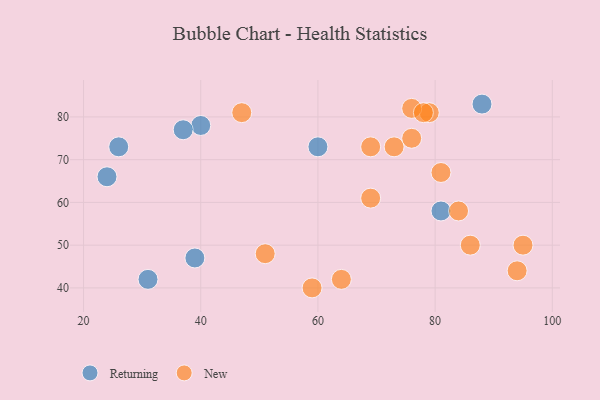
{"axis": {"x": "GDP", "y": "Life Expectancy"}, "legend": ["New", "Returning"], "data": [{"x": "39", "y": 47, "type": "Returning"}, {"x": "26", "y": 73, "type": "Returning"}, {"x": "40", "y": 78, "type": "Returning"}, {"x": "60", "y": 73, "type": "Returning"}, {"x": "31", "y": 42, "type": "Returning"}, {"x": "37", "y": 77, "type": "Returning"}, {"x": "88", "y": 83, "type": "Returning"}, {"x": "81", "y": 58, "type": "Returning"}, {"x": "24", "y": 66, "type": "Returning"}, {"x": "86", "y": 50, "type": "New"}, {"x": "64", "y": 42, "type": "New"}, {"x": "79", "y": 81, "type": "New"}, {"x": "81", "y": 67, "type": "New"}, {"x": "51", "y": 48, "type": "New"}, {"x": "73", "y": 73, "type": "New"}, {"x": "69", "y": 61, "type": "New"}, {"x": "94", "y": 44, "type": "New"}, {"x": "59", "y": 40, "type": "New"}, {"x": "76", "y": 82, "type": "New"}, {"x": "95", "y": 50, "type": "New"}, {"x": "69", "y": 73, "type": "New"}, {"x": "78", "y": 81, "type": "New"}, {"x": "84", "y": 58, "type": "New"}, {"x": "76", "y": 75, "type": "New"}, {"x": "47", "y": 81, "type": "New"}]}